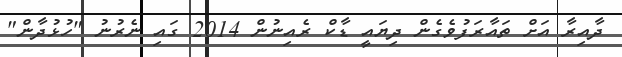
ދާއިރާ އަށް ތައާރަފުވެގެން ދިޔައީ ޑާކް ރެއިނުން 2014 ގައި ނެރުނު "ހުޅުދާން"